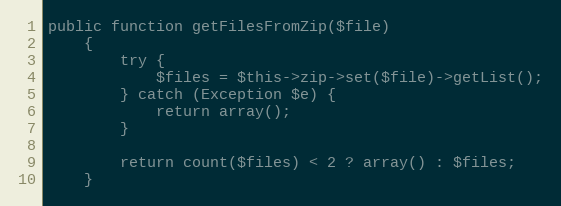
Language: PHP
public function getFilesFromZip($file)
    {
        try {
            $files = $this->zip->set($file)->getList();
        } catch (Exception $e) {
            return array();
        }

        return count($files) < 2 ? array() : $files;
    }